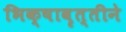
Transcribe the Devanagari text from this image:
भिक्षावृत्तीने